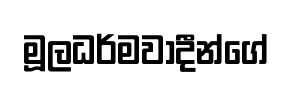
මූලධර්මවාදීන්ගේ